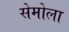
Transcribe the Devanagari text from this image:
सेमोला